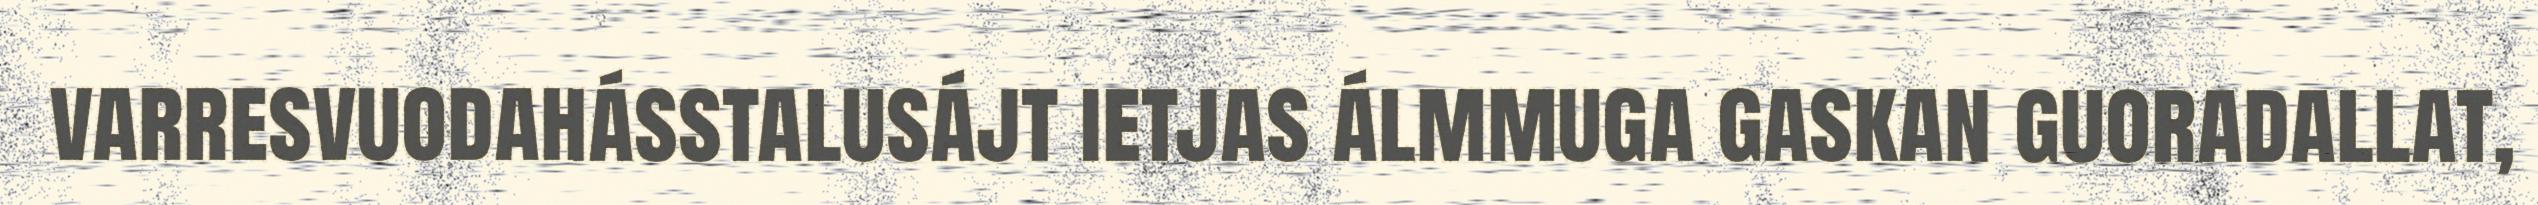
varresvuodahásstalusájt ietjas álmmuga gaskan guoradallat,